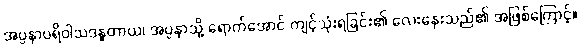
အပ္ပနာပရိဝါသဒန္ဓတာယ၊ အပ္ပနာသို့ ရောက်အောင် ကျင့်သုံးရခြင်း၏ လေးနှေးသည်၏ အဖြစ်ကြောင့်။